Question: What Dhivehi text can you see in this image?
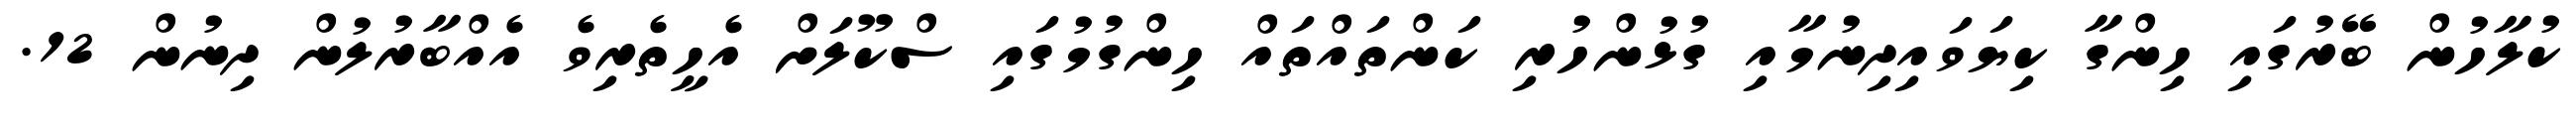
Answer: ކުލާހުން ބޭރުގައި ހިންގާ ކިޔަވައިދިނުމާއި ގުޅުންހުރި ކަންތައްތައް ހިންގުމުގައި ސްކޫލަށް އެހީތެރިވެ އެއްބާރުލުން ދިނުން 12.